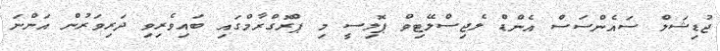
ޖުޑިޝަލް ސައެންސަސް އެންޑް ލެޖިސްލޭޓިވް ޕޮލިސީ މި ޕްރޮގްރާމްގައި ބައިވެރިވި ދަރިވަރުން އަންނަ